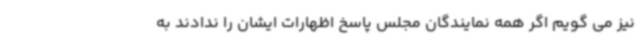
نیز می گویم اگر همه نمایندگان مجلس پاسخ اظهارات ایشان را ندادند به